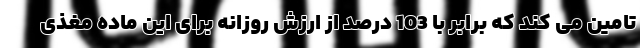
تامین می کند که برابر با 103 درصد از ارزش روزانه برای این ماده مغذی